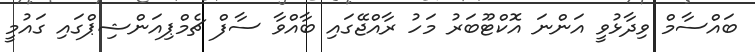
ބައްސާމް ވިދާޅުވީ އަންނަ އޮކްޓޫބަރު މަހު ރާއްޖޭގައި ބާއްވާ ސާފް ޗެމްޕިއަންޝިޕްގައި ގައުމީ